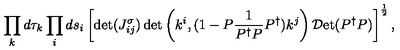
\displaystyle \prod _ { k } d \tau _ { k } \prod _ { i } d s _ { i } \left[ \det ( J _ { i j } ^ { \sigma } ) \det \left( k ^ { i } , ( 1 - P \frac { 1 } { P ^ { \dag } P } P ^ { \dag } ) k ^ { j } \right) { \cal D } \mathrm { e t } ( P ^ { \dag } P ) \right] ^ { \frac { 1 } { 2 } } ,